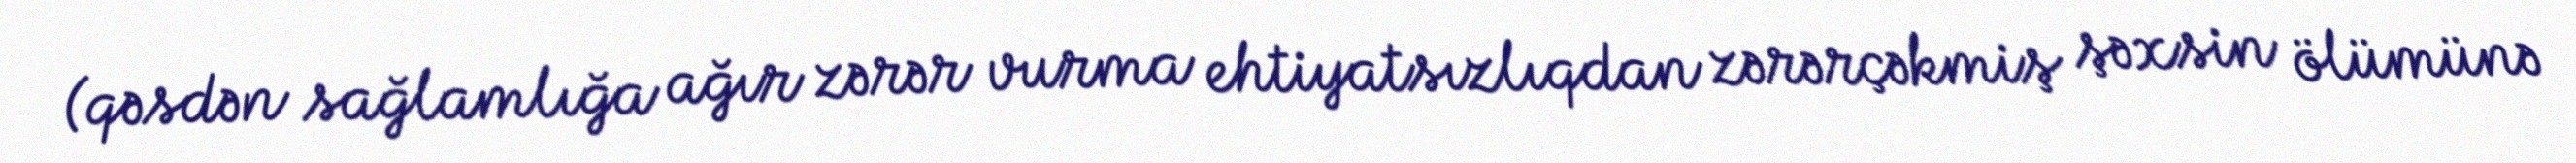
(qəsdən sağlamlığa ağır zərər vurma ehtiyatsızlıqdan zərərçəkmiş şəxsin ölümünə